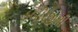
કબીરજીની